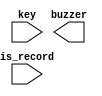
module	play_music(key, buzzer, is_record);
	input [6:0] key; // ASCII key value that relates to a specific sound
	output [7:0] buzzer; // audio buzzer
	input is_record; // one bit value to tell whether to store the sound pattern (recording) or not.
					 // Using this module to play main buzzer and recording buzzers -> (for recording buzzers, should be 1, for main 0)
	
	// Case statement needed: 19 possible sounds... Different frequency rate for each
	
	
	// Recording section goes here. DO NOT DO -> We need to call FSM module and store in registers. Will do next week.
	
endmodule